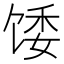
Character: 𫗪